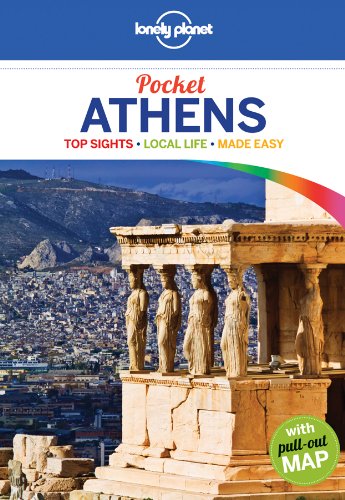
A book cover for Lonely Planet Pocket Athens (Travel Guide); Lonely Planet; Travel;